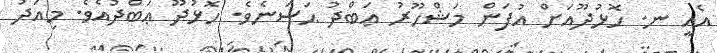
އެއީ ނ. ހޮޅުދޫއަށް އުފަން މަޝްހޫރު ޢަބްދު ޙަސަނެވެ. ހޮޅުދޫ ޢަބްދުއެވެ. މިއަދު